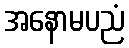
အနောမပညံ